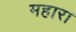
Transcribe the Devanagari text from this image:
महारा